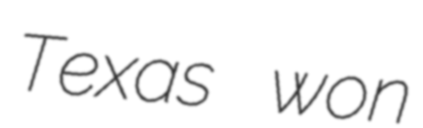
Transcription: Texas won